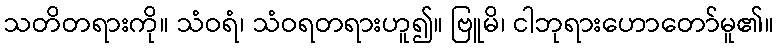
သတိတရားကို။ သံဝရံ၊ သံဝရတရားဟူ၍။ ဗြူမိ၊ ငါဘုရားဟောတော်မူ၏။